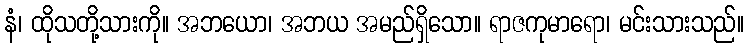
နံ၊ ထိုသတို့သားကို။ အဘယော၊ အဘယ အမည်ရှိသော။ ရာဇကုမာရော၊ မင်းသားသည်။